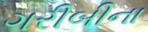
ગરીબીના